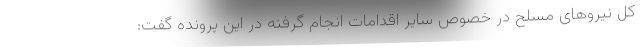
کل نیروهای مسلح در خصوص سایر اقدامات انجام گرفته در این پرونده گفت: